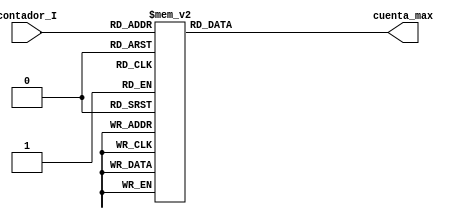
`timescale 1ns / 1ps

module Decodificador_Corriente( //en este bloque se decodifica la cuenta del contador de corriente y se relaciona con su valor correspondiente de corriente o ciclo de trabajo del PWM
    input [4:0] contador_I,//entrada del contador de corriente
    output reg [9:0] cuenta_max //cuenta maxima que define cual ser el ciclo de trabajo en el bloque de comparacion posterior
    );

always @*
begin
	case(contador_I)
		0: cuenta_max=0;
		1: cuenta_max=32;
		2: cuenta_max=64;
		3: cuenta_max=96;
		4: cuenta_max=128;
		5: cuenta_max=160;
		6: cuenta_max=192;
		7: cuenta_max=224;
		8: cuenta_max=256;
		9: cuenta_max=288;
		10: cuenta_max=320;
		11: cuenta_max=352;
		12: cuenta_max=384;
		13: cuenta_max=416;
		14: cuenta_max=448;
		15: cuenta_max=480;
		16: cuenta_max=512;
		17: cuenta_max=544;
		18: cuenta_max=576;
		19: cuenta_max=608;
		20: cuenta_max=640;
		21: cuenta_max=672;
		22: cuenta_max=704;
		23: cuenta_max=736;
		24: cuenta_max=768;
		25: cuenta_max=800;
		26: cuenta_max=832;
		27: cuenta_max=864;
		28: cuenta_max=896;
		29: cuenta_max=928;
		30: cuenta_max=960;
		31: cuenta_max=992; 
		default:cuenta_max=0; 

		endcase end
endmodule